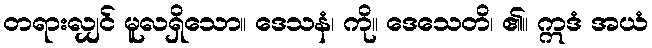
တရားလျှင် မူလရှိသော။ ဒေသနံ၊ ကို။ ဒေသေတိ၊ ၏။ ဣဒံ အယံ